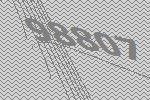
98807